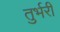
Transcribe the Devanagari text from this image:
तुर्भरी